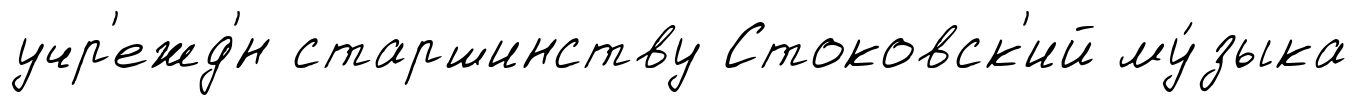
учр'ежд'́н старшинству Стоковск'ий му́зыка